Report of the Indian Hemp Drugs Commission, 1894-1895 - Volume VII
Year: 1894
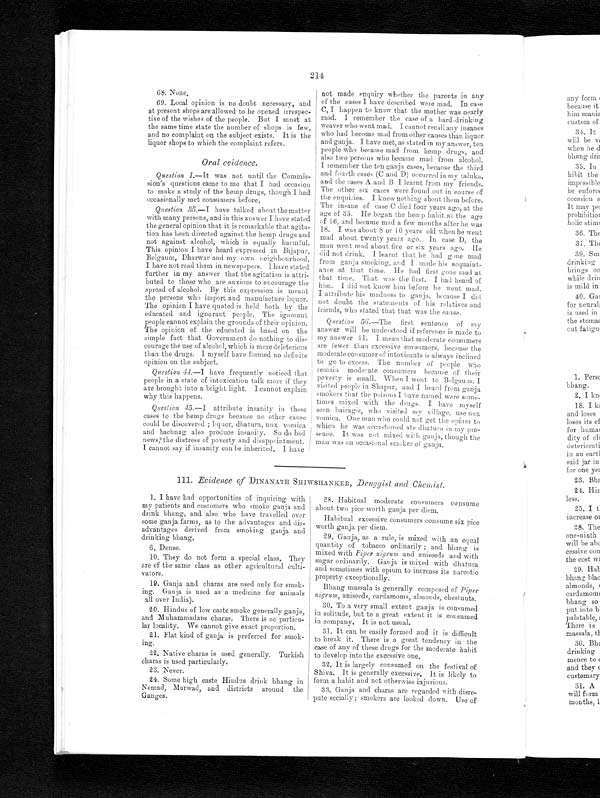
214
68. None.
69. Local opinion is no doubt necessary, and
at present shops are allowed to be opened irrespec-
tive of the wishes of the people. But I must at
the same time state the number of shops is few,
and no complaint on the subject exists. It is the
liquor shops to which the complaint refers.
Oral evidence.
Question 1 .—It was not until the Commis-
sion's questions came to me that I had occasion
to make a study of the hemp drugs, though I had
occasionally met consumers before.
Question 35 .—I have talked about the matter
with many persons, and in this answer I have stated
the general opinion that it is remarkable that agita--
tion has been directed against the hemp drugs and
not against alcohol, which is equally harmful.
This opinion I have heard expressed in Bijapur,
Belgaum, Dharwar and my own neighbourhood.
I have not read them in newspapers. I have stated
further in my answer that the agitation is attri-
buted to those who are anxious to encourage the
spread of alcohol. By this expression is meant
the persons who import and manufacture liquor.
The opinion I have quoted is held both by the
educated and ignorant people. The ignorant
people cannot explain the grounds of their opinion.
The opinion of the educated is based on the
simple fact that Government do nothing to dis-
courage the use of alcohol, which is more deleterious
than the drugs. I myself have formed no definite
opinion on the subject.
Question 44.—I have frequently noticed that
people in a state of intoxication talk more if they
are brought into a bright light. I cannot explain
why this happens.
Question 45 .—I attribute insanity in these
cases to the hemp drugs because no other cause
could be discovered ; dhatura, nux vomica
and bachnag also produce insanity. So do bad
news, the distress of poverty and disappointment.
I cannot say if insanity can be inherited. I have
not made enquiry whether the parents in any
of the cases I have described were mad. In case
C, I happen to know that the mother was nearly
mad. I remember the case of a hard-drinking
weaver who went mad. I cannot recall any insanes
who had become mad from other causes than liquor
and ganja. I have met, as stated in my answer, ten
people who became mad from hemp drugs, and
also two persons who became mad from alcohol.
I remember the ten ganja cases, because the third
and fourth cases (C and D) occurred in my taluka,
and the cases A and B I learnt from my friends.
The other six cases were found out in course of
the enquiries. I knew nothing about them before.
The insane of case C died four years ago, at the
age of 35. He began the hemp habit at the age
of 16, and became mad a few months after he was
18. I was about 8 or 10 years old when he went
mad about twenty years ago. In case D, the
man went mad about five or six years ago. He
did not drink. I learnt that he had gone mad
from ganja smoking, and I made his acquaint-
ance at that time. He had first gone mad at
that time. That was the first. I had heard of
him. I did not know him before he went mad.
I attribute his madness to ganja, because I did
not doubt the statements of his relatives and
friends, who stated that that was the cause.
Question 56.—The first sentence of my
answer will be understood if reference is made to
my answer 41. I mean that moderate consumers
are fewer than excessive consumers, because the
moderate consumer of intoxicants is always inclined
to go to excess. The number or people who
remain moderate consumers because of their
poverty is small. When I went to Belgaum, I
visited people in Shapur, and I heard from ganja
smokers that the poisons I have named were some
- t i m e s m i x e d w i t h t h e d r u g s . I h a v e m y s e l f s e e n b a i r a g i s , w h o v i s i t e d m y v i l l a g e , u s e n u x
vomica. One man who could not get the opium to
which he was accustomed ate dhatura in my pre-
sence. It was not mixed with ganja, though the
man was an occasional smoker of ganja.
111. Evidence of DINANATH SHIWSHANKER, Druggist and Chemist .
1. I have had opportunities of inquiring with
my patients and customers who smoke ganja and
drink bhang, and also who have travelled over
some ganja farms, as to the advantages and dis-
advantages derived from smoking ganja and
drinking bhang.
6. Dense.
10. They do not form a special class. They
are of the same class as other agricultural culti-
vators.
19. Ganja and chants are used only for smok-
ing. Ganja is used as a medicine for animals
all over India).
20. Hindus of low caste smoke generally ganja,
and Muhammadans charas. There is no particu-
lar locality. We cannot give exact proportion.
21. Flat kind of ganja is preferred for smok-
ing.
22. Native charas is used generally. Turkish
charas is used particularly.
23. Never.
24. Some high caste Hindus drink bhang in
Nemad, Marwad, and di st ri ct s around t he
Ganges.
28. Habitual moderate consumers consume
about two pice worth ganja per diem.
Habitual excessive consumers consume six pice
worth ganja per diem.
29. Ganja, as a rule, is mixed with an equal
quantity of tobacco ordinarily ; and bhang is
mixed with Piper nigrum and aniseeds and with
sugar ordinarily. Ganja is mixed with dhatura
and sometimes with opium to increase its narcotic
property exceptionally.
Bhang massala is generally composed of Piper
nigrum, aniseeds, cardamoms, almonds, chestnuts.
30. To a very small extent ganja is consumed
in solitude, but to a great extent it is consumed
in company. It is not usual.
31. It can be easily formed and it is difficult
to break it. There is a great tendency in the
case of any of these drugs for the moderate habit
to develop into the excessive one.
32. It is largely consumed on the festival of
Shiva. It is generally excessive. It is likely to
form a habit and not otherwise injurious.
33. Ganja and charas are regarded with disre-
pute socially ; smokers are looked down. Use of